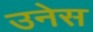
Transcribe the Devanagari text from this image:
उनेस